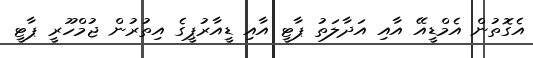
އެގޮތުން އެމްޑީއޭ އާއި އަދާލަތު ޕާޓީ އާއި ޑީއާރުޕީގެ އިތުރުން ޖުމްހޫރީ ޕާޓީ